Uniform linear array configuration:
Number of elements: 64
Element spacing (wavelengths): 0.5
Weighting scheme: kaiser
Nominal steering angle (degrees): -15
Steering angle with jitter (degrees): -13.452
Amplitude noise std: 0.05
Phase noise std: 0.05

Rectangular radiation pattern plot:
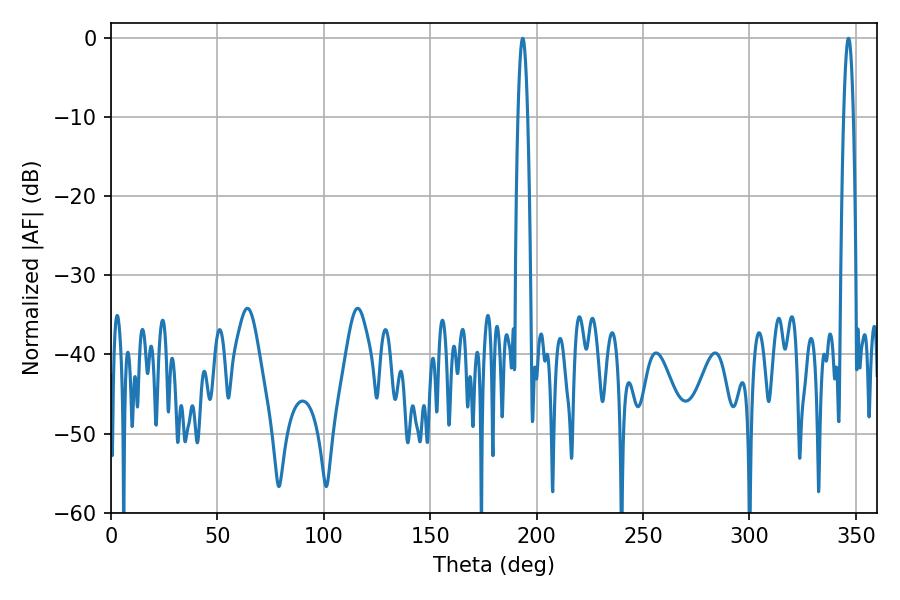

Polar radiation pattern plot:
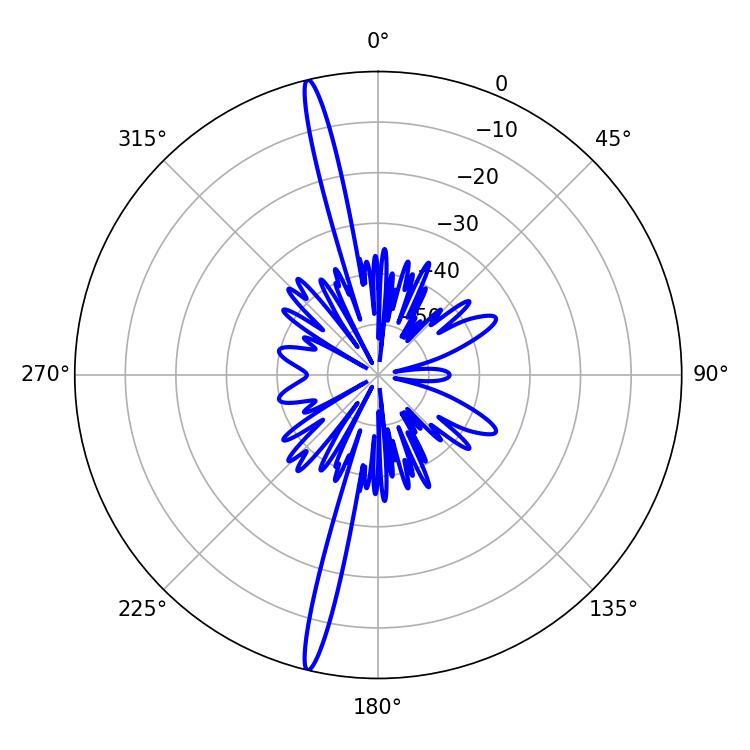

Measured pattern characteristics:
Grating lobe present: FALSE
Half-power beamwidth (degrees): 2.52
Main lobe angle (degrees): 346.5